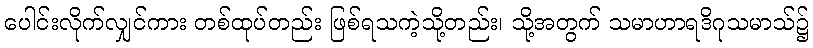
ပေါင်းလိုက်လျှင်ကား တစ်ထုပ်တည်း ဖြစ်ရသကဲ့သို့တည်း၊ သို့အတွက် သမာဟာရဒိဂုသမာသ်၌